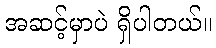
အဆင့်မှာပဲ ရှိပါတယ်။